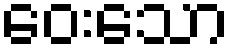
ဝေးသော